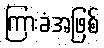
ကြားခံအဖြစ်